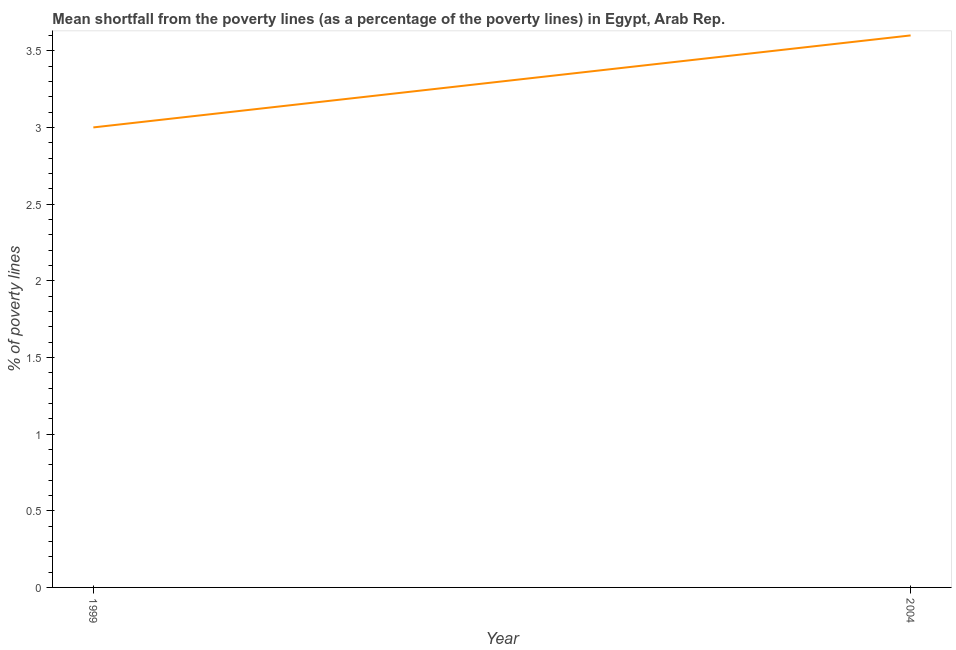
| Year | Poverty gap at national poverty lines |
 | --- | --- |
 | 1999 | 3 |
 | 2004 | 3.6 |